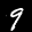
Label: 9